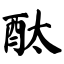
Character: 酞